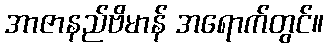
အာဇာနည်ဗိမာန် အရောက်တွင်။